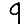
Digit: 9